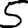
Digit: 5